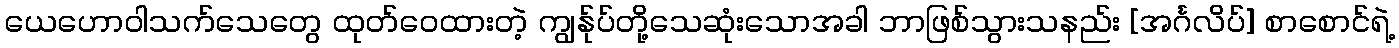
ယေဟောဝါသက်သေတွေ ထုတ်ဝေထားတဲ့ ကျွန်ုပ်တို့သေဆုံးသောအခါ ဘာဖြစ်သွားသနည်း [အင်္ဂလိပ်] စာစောင်ရဲ့